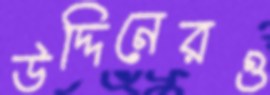
উদ্দিনেরও